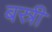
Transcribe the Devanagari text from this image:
बस्री